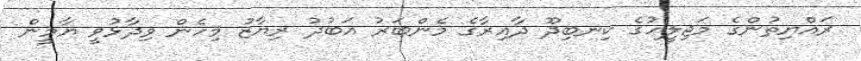
ރައްޔިތުންގެ މަޖިލީހުގެ ކިނބިދޫ ދާއިރާގެ މެންބަރު އަބުދު ރިޔާޒު މިހެން ވިދާޅުވީ ޔާމީން